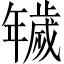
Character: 𢆫